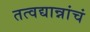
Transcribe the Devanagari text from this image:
तत्वद्यान्नांचं